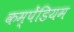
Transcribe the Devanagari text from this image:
कम्पेंडियम